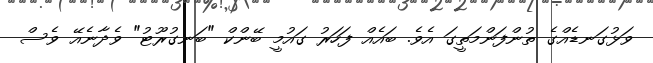
ވަޅުގަނޑެއްގެ ތުންފަންމަތީގަ އެވެ. ބައެއް ފަހަރު ގައުމީ ބޭންކް "ބަނގުރޫޓު" ވެދާނެއޭ ވެސް